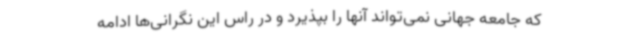
که جامعه جهانی نمی‌تواند آنها را بپذیرد و در راس این نگرانی‌ها ادامه